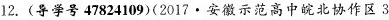
12. (导学号47824109)(2017 · 安徽示范高中皖北协作区 3